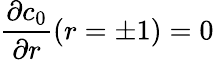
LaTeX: \frac{\partial c_{0}}{\partial r}(r=\pm 1)=0